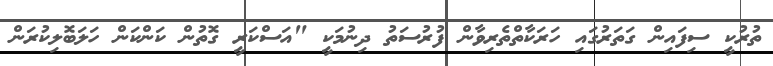
ތުރުކީ ސިފައިން ގަތަރުގައި ހަރަކާތްތެރިވާން ފުރުސަތު ދިނުމަކީ "އަސްކަރީ ގޮތުން ކަންކަން ހަލަބޮލިކުރަން